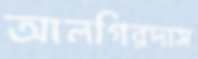
আলগিরদাস